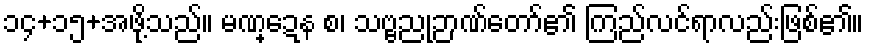
၁၄+၁၅+အဖို့သည်။ မဏ္ဍေန စ၊ သဗ္ဗညုဉာဏ်တော်၏ ကြည်လင်ရာလည်းဖြစ်၏။